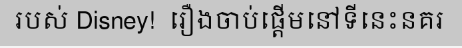
របស់ Disney!  រឿងចាប់ផ្តើមនៅទីនេះនគរ